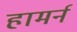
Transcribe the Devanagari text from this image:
हामर्न